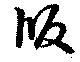
版